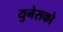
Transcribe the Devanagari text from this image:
युनेसको